NAE_ERA_R-2078_Sihtasutus_Eesti_Kontsert, lk 22
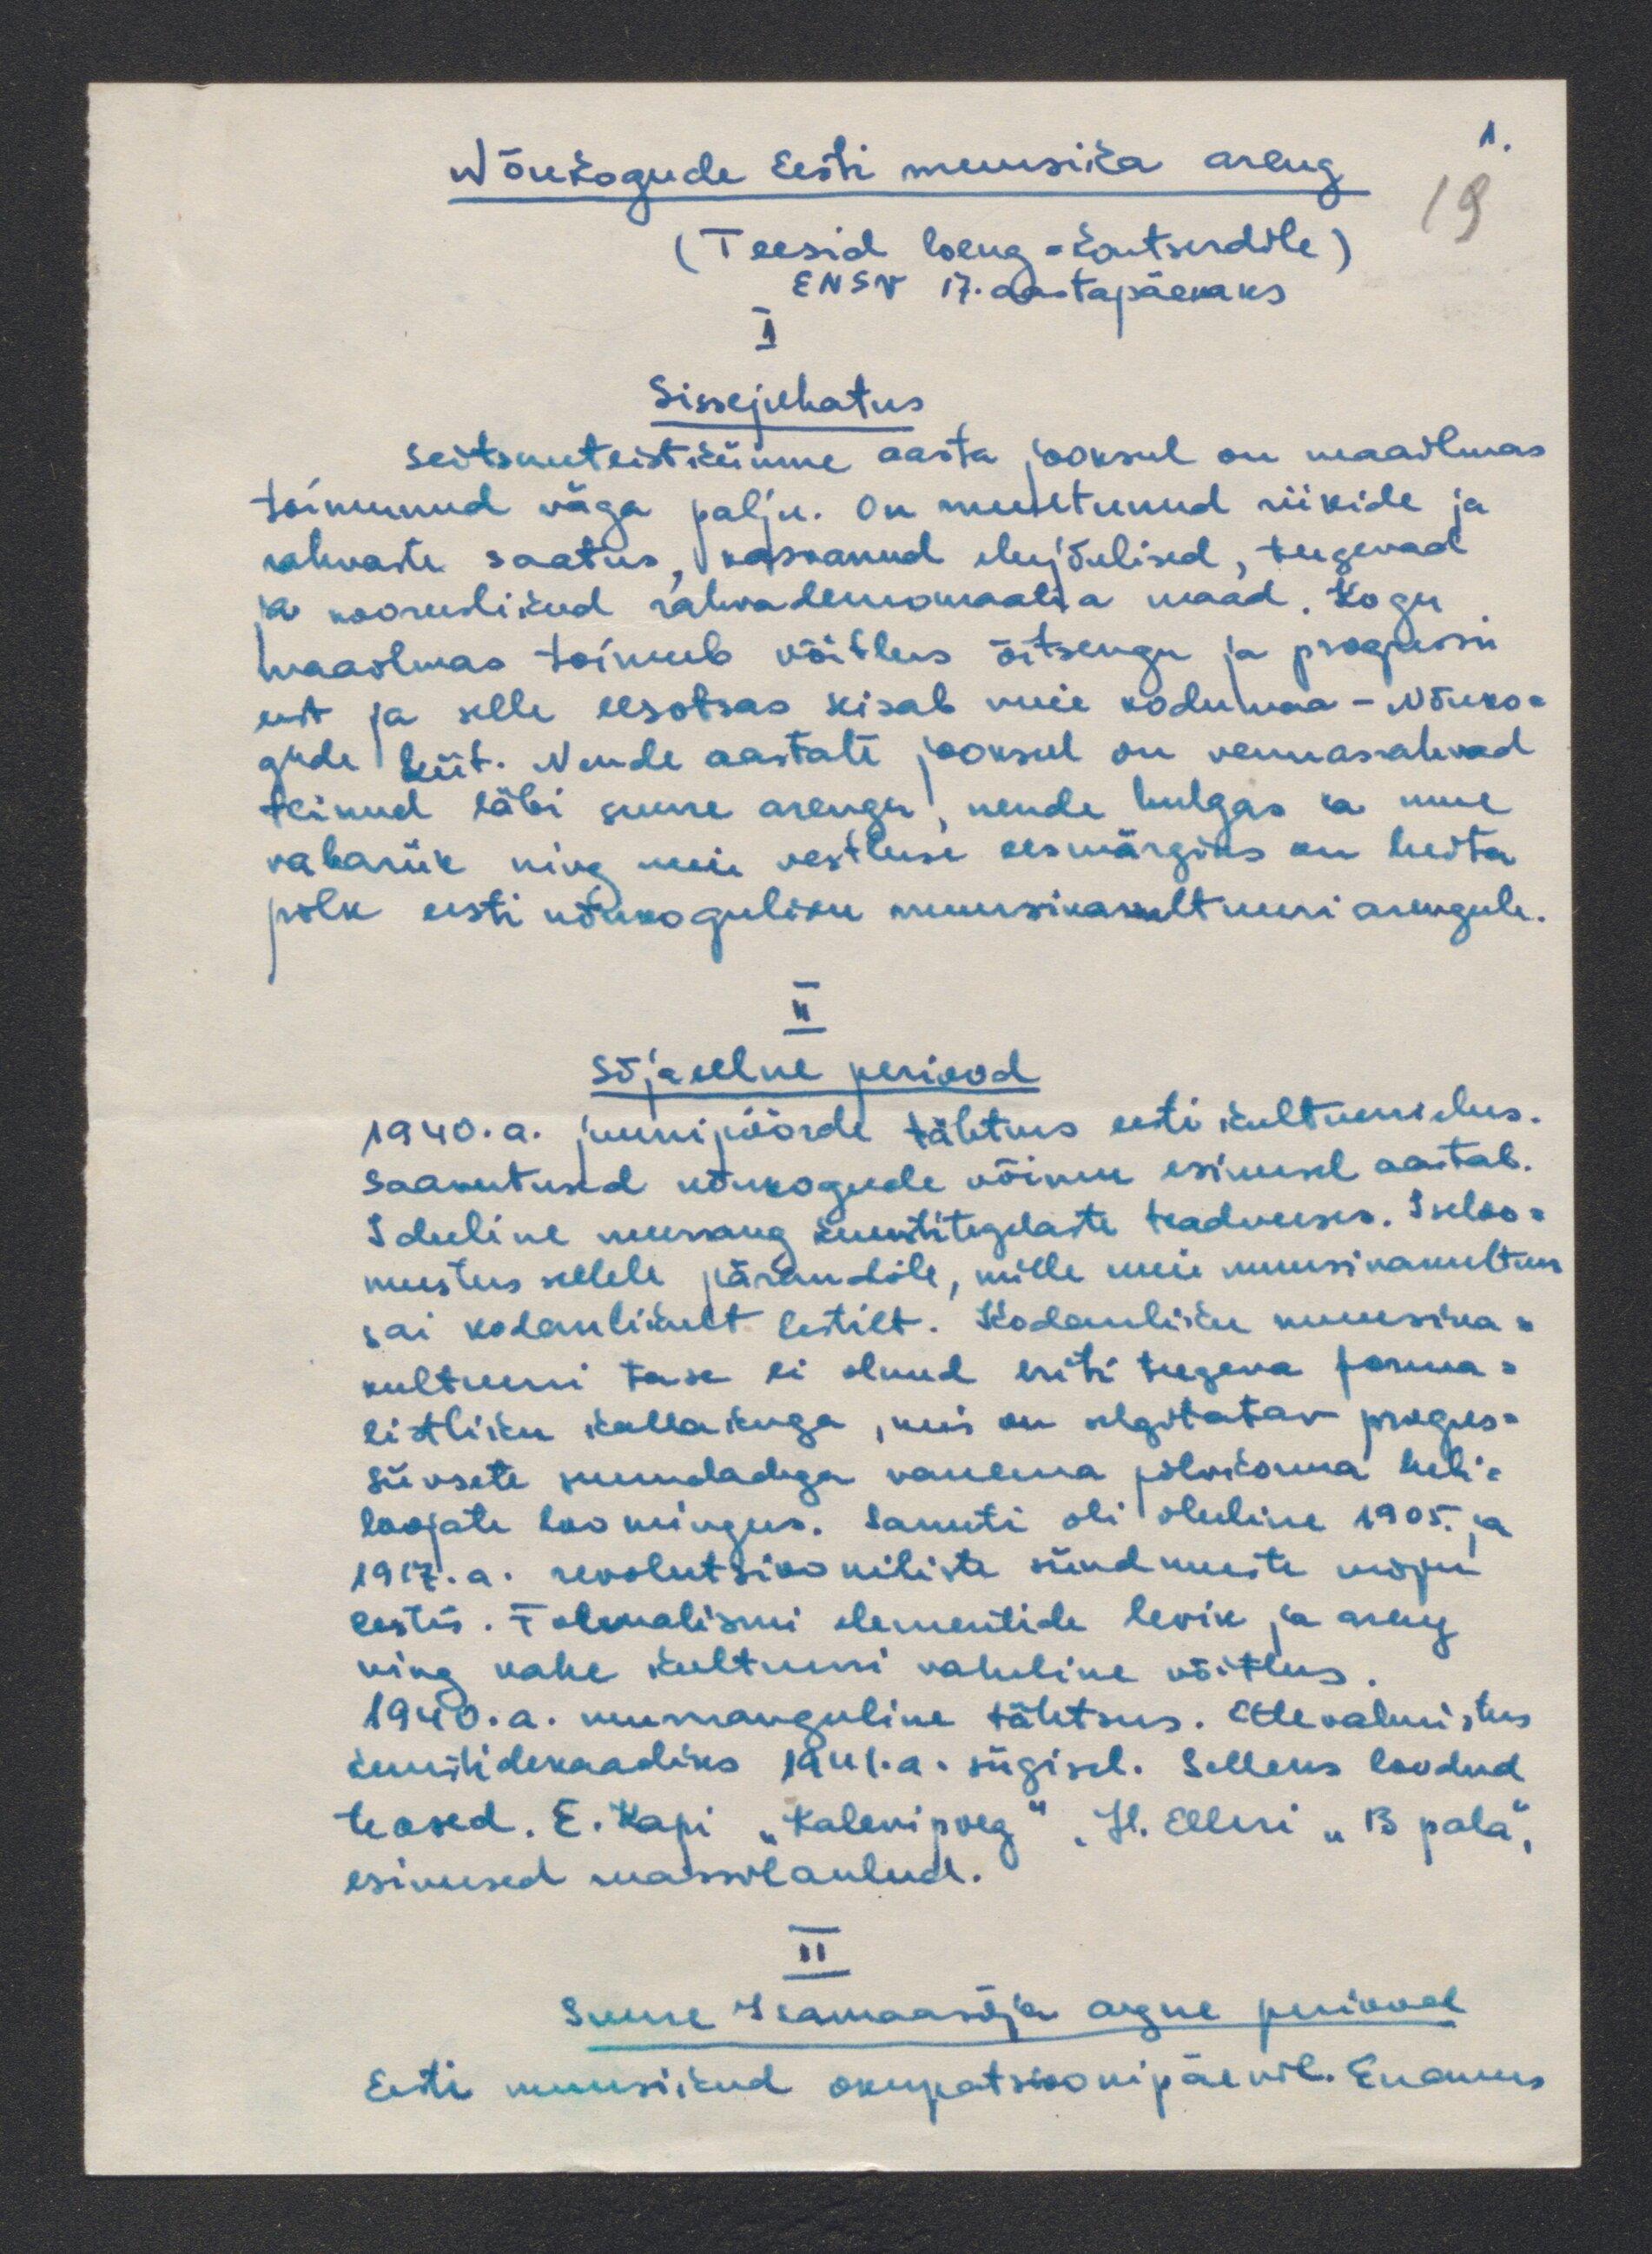
1.
Nõukogude Eesti muusika areng.
19
(Teesid loeng-kontserdile)
ENSV 17.aastapäevaks
1
Sissejuhatus
seitsmeteistkümne aasta jooksul on maailmas
toimunud väga palju. On muutunud riikide ja
rahvaste saatus, kasvanud elujõulised, tugevad
ja nooruslikud rahvademokraatia maad. Kogu
maailmas toimub võitlus õitsengu ja progressi
eest ja selle eesotsas kisab meie koduuma - Nõuko-
gude liit. Nende aastate jooksul on vennasrahvad
teinud läbi suure arengu, nende hulgas ka meie
vabariik ning meie vestluse eesmärgiks on heita
pilk eesti nõukoguliku muusikakultuuri arengule.
II
Sõjaeelne periood
1940. a. juuni pöörde tähtus eesti kultuurielus.
Saavutused nõukogude võimu esimesel aastal.
Ideeline murrang kunstitegelaste teadvuses. Iseloo-
mustus sellele pärandile, mille meie muusikakultuur
sai kodanlikult Eestilt. Kodanliku muusika-
kultuuri tase ei olnud eriti tugeva forma-
listliku kallakuga, mis on õlgitatav progres-
siivsete suundadega vanema põlvkonna heli-
loojate loomingus. Samuti oli oluline 1905. ja
1917. a. revolutsiooniliste sündmuste mõju
Eestis. Formalismi elementide levik ja areng
ning kahe kultuuri vaheline võitlus.
1940. a. murranguline tähtsus. ettevalmistus
kunstidekaadiks 1941.a. sügisel. Selleks loodud
teosed. E. Kapi "Kalevipoeg" H. Elleri "13 pala",
esimesed massilaulud.
II
Suure Isamaasõja aegne periood
Eesti muusikud okupatsioonipäevil. Enamus